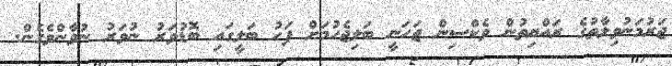
ޖަރުމަނުވިލާތުގެ ރައްޔިތުން ވެކްސިން ޖަހަނީ ބަލިޖެހުމަށް ފަހު ބަލީގައި ބޮޑުވަރު ނުވަރު ނުވާންވެގެން.